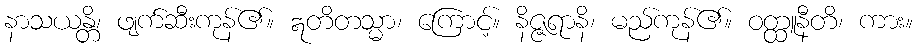
နာသယန္တိ၊ ဖျက်ဆီးကုန်၏။ ဣတိတသ္မာ၊ ကြောင့်။ နိဇ္ဇရာနိ၊ မည်ကုန်၏။ ဝတ္ထူနီတိ၊ ကား။